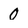
Character: 0